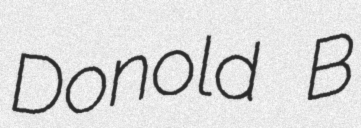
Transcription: Donold B